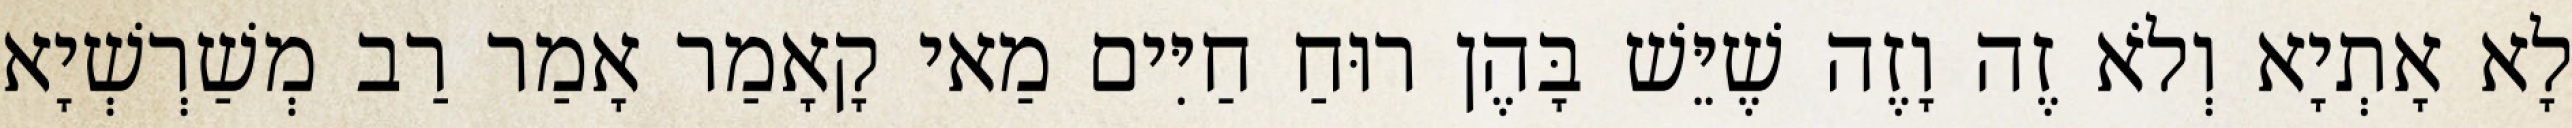
לָא אָתְיָא וְלֹא זֶה וָזֶה שֶׁיֵּשׁ בָּהֶן רוּחַ חַיִּים מַאי קָאָמַר אָמַר רַב מְשַׁרְשְׁיָא